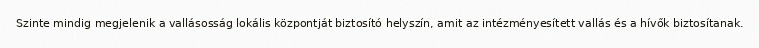
Szinte mindig megjelenik a vallásosság lokális központját biztosító helyszín, amit az intézményesített vallás és a hívők biztosítanak.